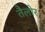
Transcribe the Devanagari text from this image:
तैलोर